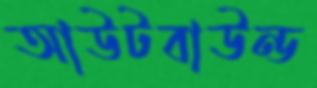
আউটবাউন্ড